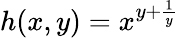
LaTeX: h(x,y)=x^{y+\frac{1}{y}}